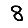
Digit: 8